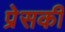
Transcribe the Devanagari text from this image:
प्रेसकी